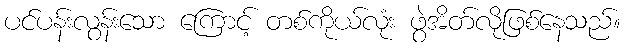
ပင်ပန်းလွန်းသော ကြောင့် တစ်ကိုယ်လုံး ဖွဲအိတ်လိုဖြစ်နေသည်။